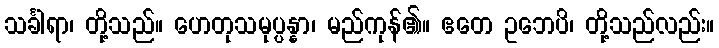
သင်္ခါရာ၊ တို့သည်။ ဟေတုသမုပ္ပန္နာ၊ မည်ကုန်၏။ ဧတေ ဥဘေပိ၊ တို့သည်လည်း။